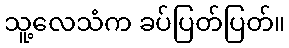
သူ့လေသံက ခပ်ပြတ်ပြတ်။